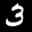
Label: 3